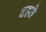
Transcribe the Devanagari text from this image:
दहते